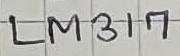
Text: LM317